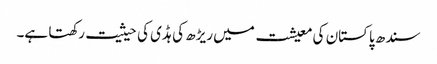
سندھ پاکستان کی معیشت میں ریڑھ کی ہڈی کی حیثیت رکھتا ہے۔